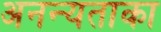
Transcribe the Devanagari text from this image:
अनन्यताका